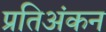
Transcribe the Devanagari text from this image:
प्रतिअंकन